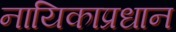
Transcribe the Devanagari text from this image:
नायिकाप्रधान